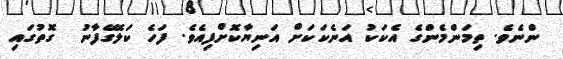
ންނެވެ. ތިމަންމެންގެ އެކަކު އަނެކަކަށް އަނިޔާކޮށްފިއެވެ. ފަހެ ކަލޭގެފާނު  ގޮތުގައި